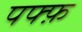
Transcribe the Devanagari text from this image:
पफ्फ़